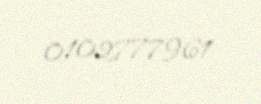
0102777961